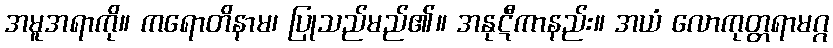
အမူအရာကို။ ကရောတိနာမ၊ ပြုသည်မည်၏။ အနုဋီကာနည်း။ အယံ လောကုတ္တရာမဂ္ဂ